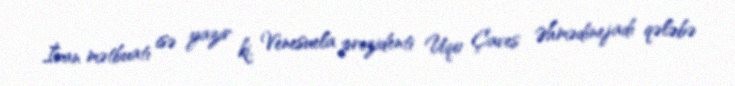
İran mətbuatı isə yazır ki, Venesuela prezidenti Uqo Çaves Əhmədinejadı qələbə